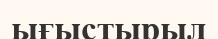
ығыстырыл